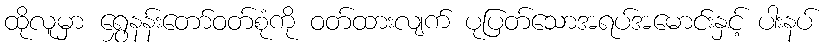
ထိုလူမှာ ရွှေနန်းတော်ဝတ်စုံကို ဝတ်ထားလျက် ပုပြတ်သောအရပ်အမောင်းနှင့် ပါးနပ်